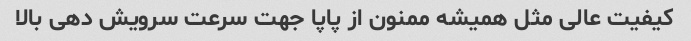
کیفیت عالی مثل همیشه ممنون از پاپا جهت سرعت سرویش دهی بالا